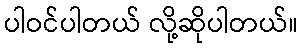
ပါဝင်ပါတယ် လို့ဆိုပါတယ်။